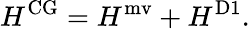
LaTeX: H^{\mathrm{CG}}=H^{\mathrm{mv}}+H^{\mathrm{D1}}.